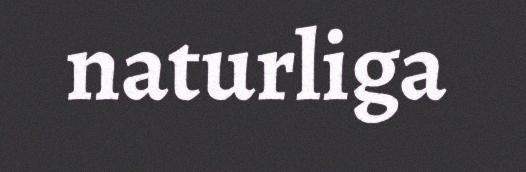
naturliga